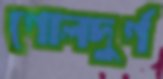
গোলদুর্গ